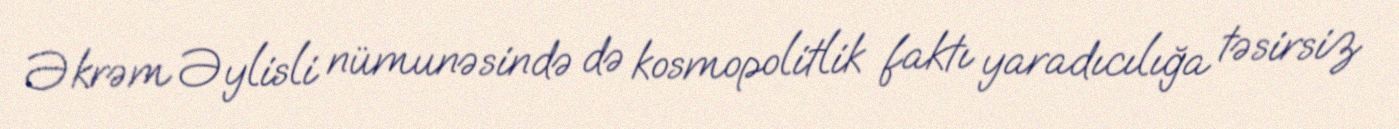
Əkrəm Əylisli nümunəsində də kosmopolitlik faktı yaradıcılığa təsirsiz